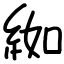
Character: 𦀌